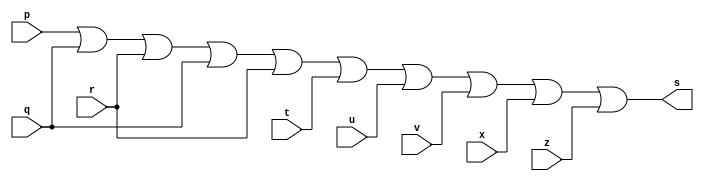
// -------------------------
// Exercicio07 -   
// Receber um byte e retornar 1, se algum de seus bits for igual a 1
// Nome: Thaise Souto Martins
// ------------------------- 
 
// ------------------------- 
// -- or gate 
// ------------------------- 
module orgate (output s, input p, input q, input r, input t, input u, input v, input x, input z );
	assign s = p | q | r | q | r | t | u | v | x | z;
endmodule

module testorgate;
	reg a, b, c,d,e,f,g,h;
	wire  s;
	orgate OR1 (s, a,b,c,d,e,f,g,h);
	
	initial 
	begin
		a = 0;
		b = 0;
		c = 0;
		d = 0;
		e = 0; 
		f = 0; 
		g = 0; 
		h = 0;
	end

	initial
	begin
		$display("Exercicio07 - Thaise Souto Martins - 395504"); 
      $display("Receber um byte e retornar 1, se algum de seus bits for igual a 1. Alguns Testes:"); 
      $display("\na | b | c | d | e | f | g | h = s\n"); 
      a=0; b=0; c=0; d=0; e=0; f=0; g=0; h=0;
		$monitor("%b | %b | %b | %b | %b | %b | %b = %b",a,b,c,d,e,f,g,h,s);
		#1 c=1;
		#1 b=1;
			c=0;
		#1	c=1;
		#1 a=1;
			b=0;
			c=0;
		#1 c=1;
		#1 c=0;
			b=1;
		#1 c=1;
		#1 a=1; b=1; d=1; e=1; f=1; g=1; h=1;
	end
	
endmodule
    // a | b | c | d | e | f | g | h = s
    // 
    // 0 | 0 | 0 | 0 | 0 | 0 | 0 = 00
    // 0 | 0 | 1 | 0 | 0 | 0 | 0 = 01
    // 0 | 1 | 0 | 0 | 0 | 0 | 0 = 01
    // 0 | 1 | 1 | 0 | 0 | 0 | 0 = 01
    // 1 | 0 | 0 | 0 | 0 | 0 | 0 = 01
    // 1 | 0 | 1 | 0 | 0 | 0 | 0 = 01
    // 1 | 1 | 0 | 0 | 0 | 0 | 0 = 01
    // 1 | 1 | 1 | 0 | 0 | 0 | 0 = 01
    // 1 | 1 | 1 | 1 | 1 | 1 | 1 = 11